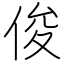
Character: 俊